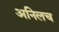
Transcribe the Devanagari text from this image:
अनिलच